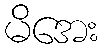
မိအေး